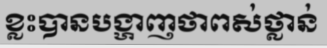
ខ្លះបានបង្ហាញថាពស់ថ្លាន់